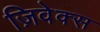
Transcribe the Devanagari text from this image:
ज़िवेक्स